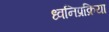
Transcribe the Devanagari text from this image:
ध्वनिप्रक्रिया